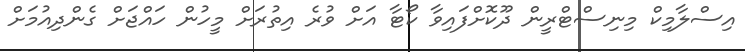
އިސްލާމިކް މިނިސްޓްރީން ދޫކޮށްފައިވާ ކޯޓާ އަށް ވުރެ އިތުރަށް މީހުން ހައްޖަށް ގެންދިއުމަށް